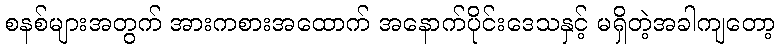
စနစ်များအတွက် အားကစားအထောက် အနောက်ပိုင်းဒေသနှင့် မရှိတဲ့အခါကျတော့